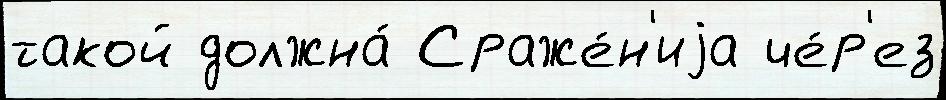
такой должна́ Сраже́н'иjа че́р'ез